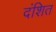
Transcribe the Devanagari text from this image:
दंशित